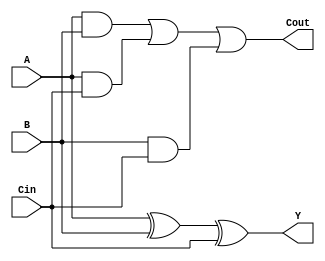
module FA(A,B,Cin,Y,Cout);
input A,B,Cin;
output Y,Cout;
    
assign Y = A^B^Cin;
assign Cout = (A&B)|(A&Cin)|(B&Cin);
    
endmodule